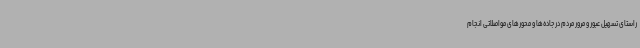
راستای تسهیل عبور و مرور مردم در جاده‌ها و محورهای مواصلاتی انجام